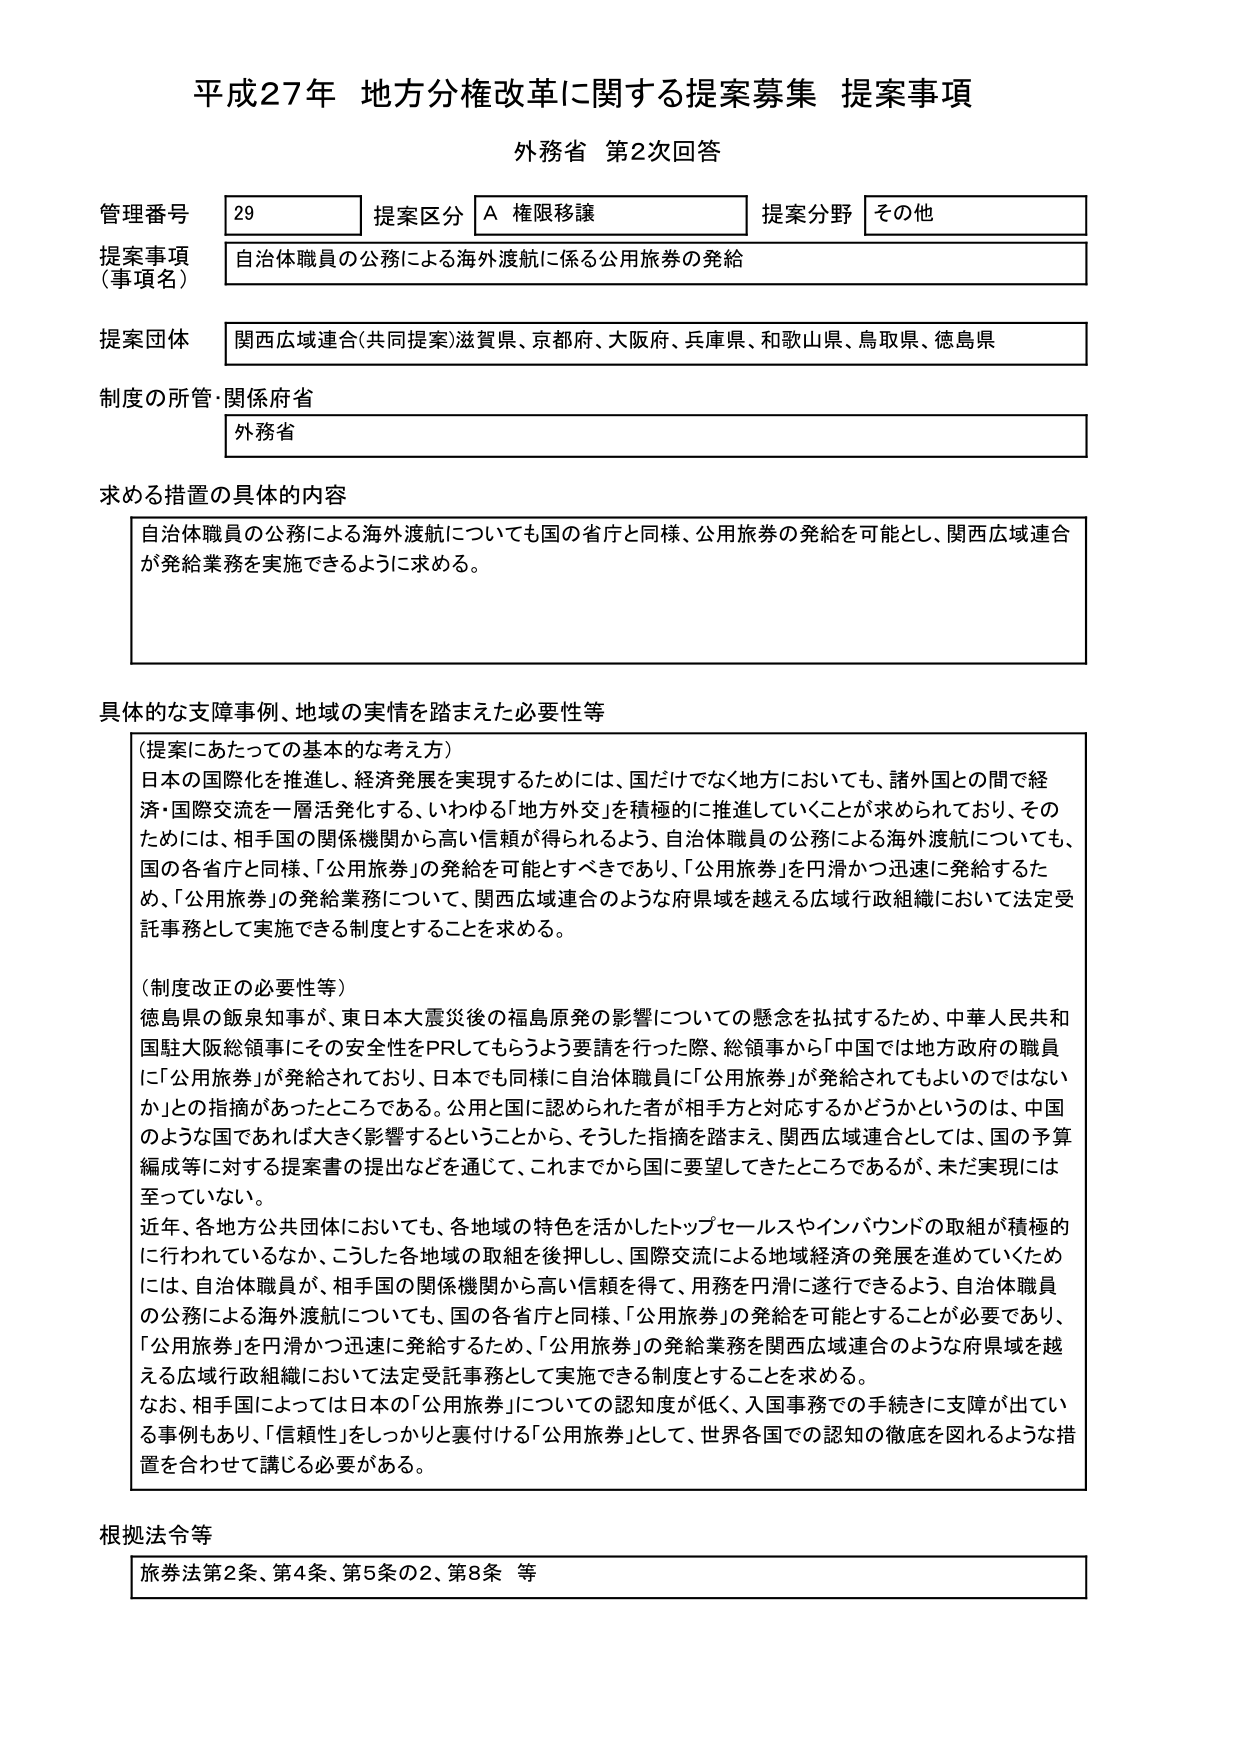
平成27年 地方分権改革に関する提案募集 提案事項
外務省 第2次回答

管理番号 29
提案区分 A 権限移譲
提案分野 その他

提案事項（事項名）
自治体職員の公務による海外渡航に係る公用旅券の発給

提案団体
関西広域連合（共同提案）滋賀県、京都府、大阪府、兵庫県、和歌山県、鳥取県、徳島県

制度の所管・関係府省
外務省

求める措置の具体的内容
自治体職員の公務による海外渡航についても国の省庁と同様、公用旅券の発給を可能とし、関西広域連合が発給業務を実施できるように求める。

具体的な支障事例、地域の実情を踏まえた必要性等
（提案にあたっての基本的な考え方）
日本の国際化を推進し、経済発展を実現するためには、国だけでなく地方においても、諸外国との間で経済・国際交流を一層活発化する、いわゆる「地方外交」を積極的に推進していくことが求められており、そのためには、相手国の関係機関から高い信頼が得られるよう、自治体職員の公務による海外渡航についても、国の各省庁と同様、「公用旅券」の発給を可能とすべきであり、「公用旅券」を円滑かつ迅速に発給するため、「公用旅券」の発給業務について、関西広域連合のような府県域を越える広域行政組織において法定受託事務として実施できる制度とすることを求める。

（制度改正の必要性等）
徳島県の飯泉知事が、東日本大震災後の福島原発の影響についての懸念を払拭するため、中華人民共和国駐大阪総領事にその安全性をPRしてもらうよう要請を行った際、総領事から「中国では地方政府の職員に「公用旅券」が発給されており、日本でも同様に自治体職員に「公用旅券」が発給されてもよいのではないか」との指摘があったところである。公用と国に認められた者が相手方と対応するかどうかというのは、中国のような国であれば大きく影響するということから、そうした指摘を踏まえ、関西広域連合としては、国の予算編成等に対する提案書の提出などを通じて、これまでから国に要望してきたところであるが、未だ実現には至っていない。
近年、各地方公共団体においても、各地域の特色を活かしたトップセールスやインバウンドの取組が積極的に行われているなか、こうした各地域の取組を後押しし、国際交流による地域経済の発展を進めていくためには、自治体職員が、相手国の関係機関から高い信頼を得て、用務を円滑に遂行できるよう、自治体職員の公務による海外渡航についても、国の各省庁と同様、「公用旅券」の発給を可能とすることが必要であり、「公用旅券」を円滑かつ迅速に発給するため、「公用旅券」の発給業務を関西広域連合のような府県域を越える広域行政組織において法定受託事務として実施できる制度とすることを求める。
なお、相手国によっては日本の「公用旅券」についての認知度が低く、入国事務での手続きに支障が出てい る事例もあり、「信頼性」をしっかりと裏付ける「公用旅券」として、世界各国での認知の徹底を図れるような措置を合わせて講じる必要がある。

根拠法令等
旅券法第2条、第4条、第5条の2、第8条 等